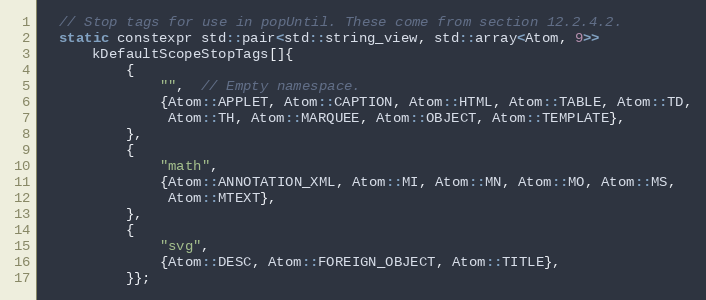
Language: C
  // Stop tags for use in popUntil. These come from section 12.2.4.2.
  static constexpr std::pair<std::string_view, std::array<Atom, 9>>
      kDefaultScopeStopTags[]{
          {
              "",  // Empty namespace.
              {Atom::APPLET, Atom::CAPTION, Atom::HTML, Atom::TABLE, Atom::TD,
               Atom::TH, Atom::MARQUEE, Atom::OBJECT, Atom::TEMPLATE},
          },
          {
              "math",
              {Atom::ANNOTATION_XML, Atom::MI, Atom::MN, Atom::MO, Atom::MS,
               Atom::MTEXT},
          },
          {
              "svg",
              {Atom::DESC, Atom::FOREIGN_OBJECT, Atom::TITLE},
          }};